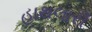
હાથલારી